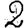
Digit: 2